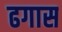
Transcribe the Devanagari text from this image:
ढगास